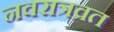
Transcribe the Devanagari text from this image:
नवरात्रव्रत